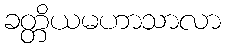
ခတ္တိယမဟာသာလာ